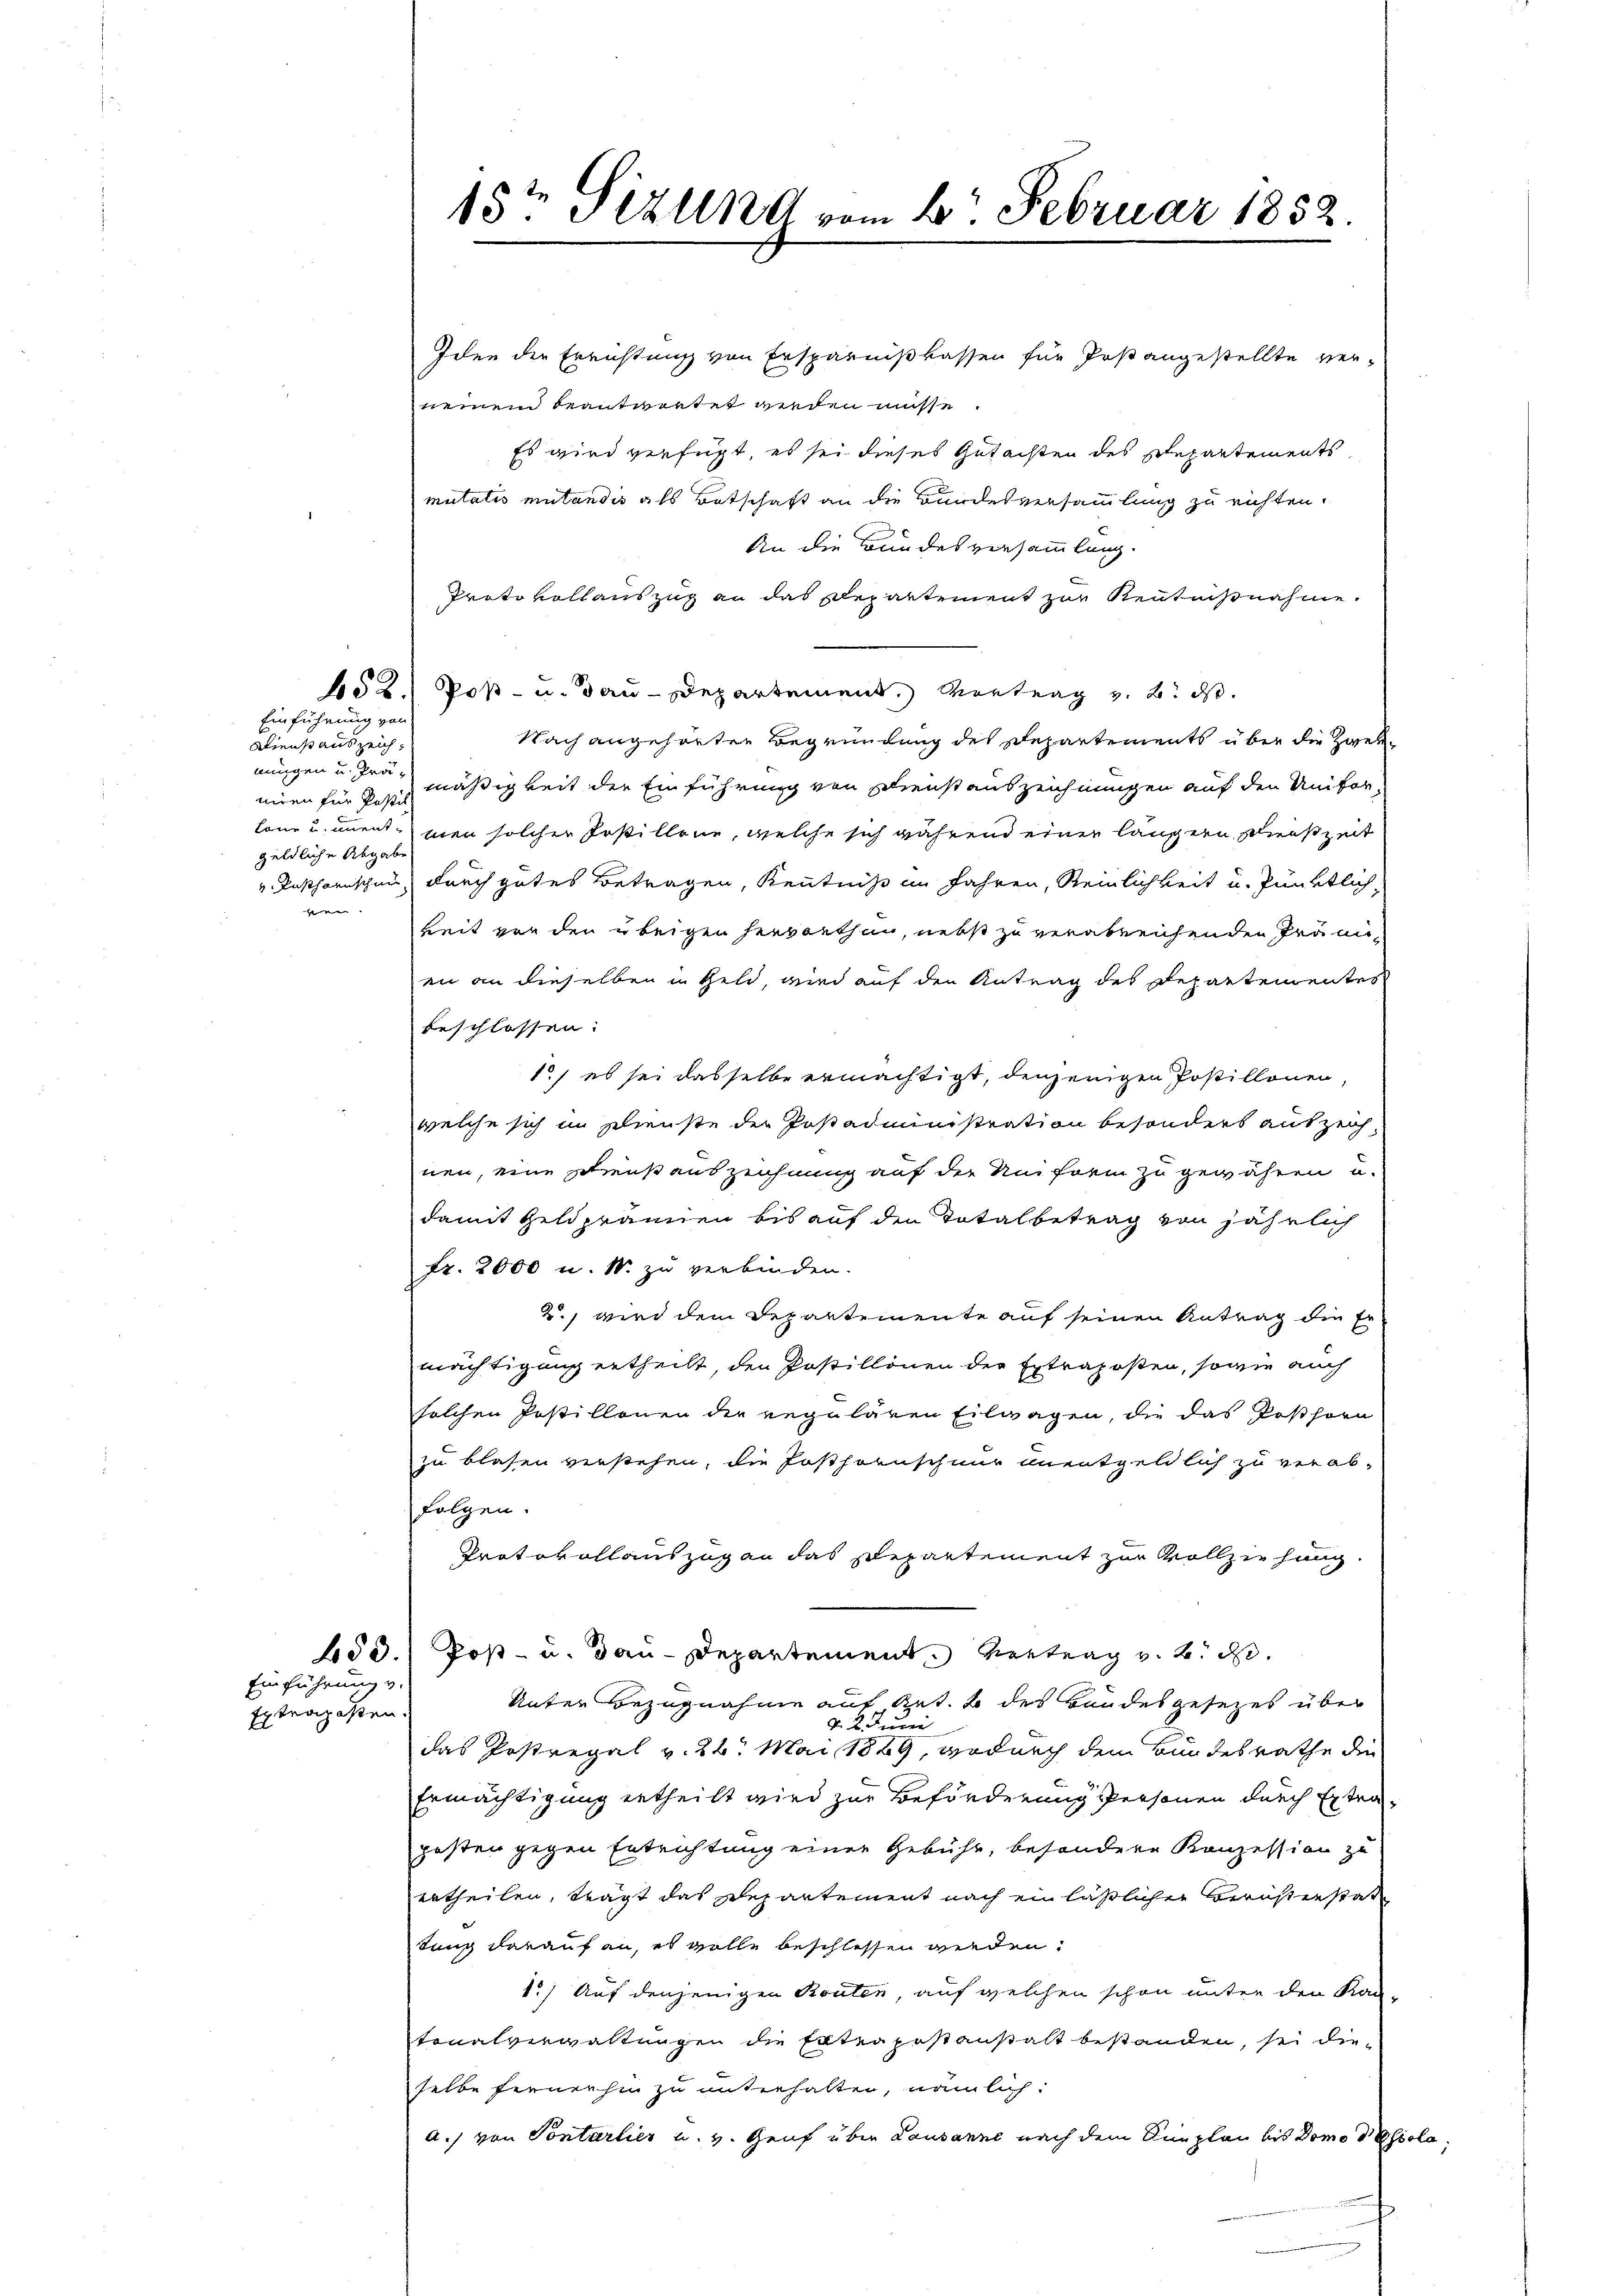
Idee die Errichtung von Ersparnißkassen für Post angestellte vermeinem beantwortet werden müsse.
Es wird verfügt, es sei dieses Gutachten des Ehepartements
mutatis mutandis als Botschaft an die Bundesversammlung zu richten.
An die Bundesversammlung.
Protokollauszug an das Departement zur Kenntnißnahme.
652.) Poß- u. Bau-Departement. Vortrag v. 2. ds.
Einführung von
Nach angehörten Begründung des Departements über die Zweialiens auszeich,
nungen u. drü mäßigkeit der Einführung von Dienstauszeichnungen auf den Unifor-
nien für Postit
lone u. unent man solcher Instillene, welche sich während einer längern Dienszeit
geldliche Abgabe
Insherischen durch gutes Betragen, Kenntniß im Jahren, Steinlichkeit u. Pünktliche
keit von den übrigen hervorthan, nebst zu verabreichenden Prämien an dieselben in Geld, wird auf den Antrag des Departementes
beschlossen:
1) es sei dasselbe ermächtigt, denjenigen Postillonen,
welche sich im Dienste der Postadministration besonders auszeich-
nen, eine Schreißauszeichnung auf der Uniform zu gewähren u.
damit Geld prannen bis auf den Totalbetrag von jährlich
Fr. 2000 u. N. zu verbinden.
2., wird dem Departemente auf seinen Antrag die Er
mächtigung ertheilt, den Postillonen der Extraposten, sowie auch
solchen Postillonen der regulären Eilwagen, die das Posthorn
zu blasen verstehen, die Posthornschnur unentgeldlich zu verabfolgen.
Protokollauszug an das Departement zur Vollziehung
450. Post- u. dan-Departement vertrag v. 2. d.
Einführung v.
Unter Bezugnahme auf Gut. b des Handesgesezes über
Extraposten.
v. 2. Juni
das Postregal v. 26. Mai 1889, wodurch dem Bundesrathe die
Ermächtigung ertheilt wird zur Beförderung Personen durch Extra-
posten gegen Entrichtung einen Gebühr, besondere Konzession zu
ertheilen, trägt das Departement nach ein läßlicher Berusterstate
tung darauf an, es wolle beschlossen werden.
1.) Auf denjenigen Konten, auf welchen schon unter den Kan-
tonalverwaltungen die Enterpostanstalt bestanden, sei dieselbe fernerhin zu unterhalten, nämlich:
a.) von Sontarlier u. v. Genf über Lausanne nach dem Sinplan bis Domo Pasiola.

15ten Sizung vom 6. Februar 1852.